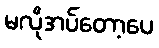
မလိုအပ်တော့ပေ